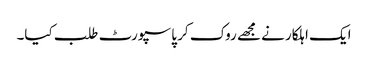
ایک اہلکار نے مجھے روک کر پاسپورٹ طلب کیا۔